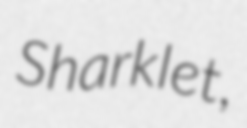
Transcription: Sharklet,